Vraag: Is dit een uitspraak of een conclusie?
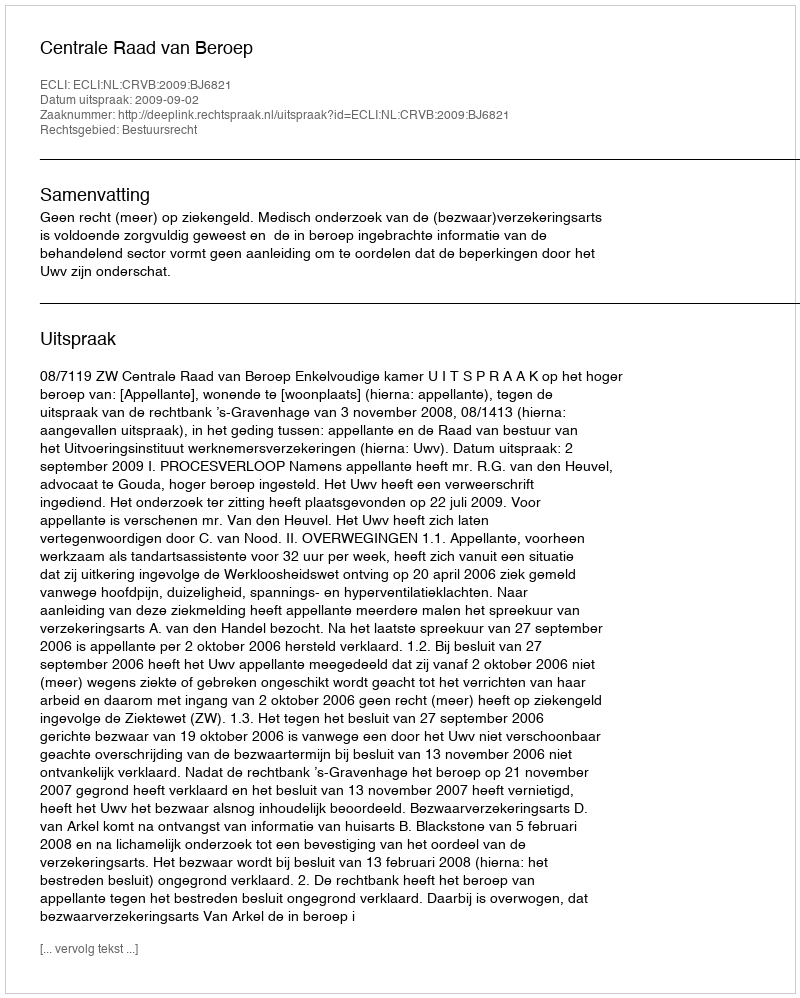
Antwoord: Uitspraak